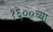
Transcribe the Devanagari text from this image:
१६००च्या